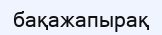
бақажапырақ